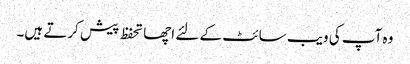
وہ آپ کی ویب سائٹ کے لئے اچھا تحفظ پیش کرتے ہیں۔